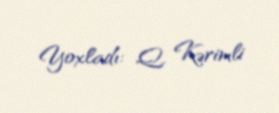
Yoxladı: Q. Kərimli